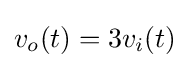
v_{o}(t)=3v_{i}(t)